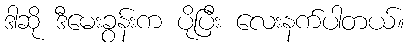
ဒါဆို ဒီမေးခွန်းက ပိုပြီး လေးနက်ပါတယ်။